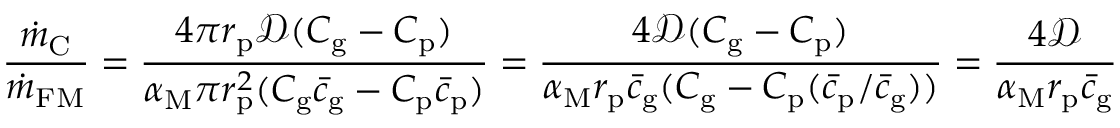
\frac { \dot { m } _ { \mathrm { C } } } { \dot { m } _ { \mathrm { F M } } } = \frac { 4 \pi r _ { \mathrm { p } } \mathcal { D } ( C _ { \mathrm { g } } - C _ { \mathrm { p } } ) } { \alpha _ { \mathrm { M } } \pi r _ { \mathrm { p } } ^ { 2 } ( C _ { \mathrm { g } } \bar { c } _ { \mathrm { g } } - C _ { \mathrm { p } } \bar { c } _ { \mathrm { p } } ) } = \frac { 4 \mathcal { D } ( C _ { \mathrm { g } } - C _ { \mathrm { p } } ) } { \alpha _ { \mathrm { M } } r _ { \mathrm { p } } \bar { c } _ { \mathrm { g } } ( C _ { \mathrm { g } } - C _ { \mathrm { p } } ( \bar { c } _ { \mathrm { p } } / \bar { c } _ { \mathrm { g } } ) ) } = \frac { 4 \mathcal { D } } { \alpha _ { \mathrm { M } } r _ { \mathrm { p } } \bar { c } _ { \mathrm { g } } }